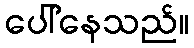
ပေါ်နေသည်။